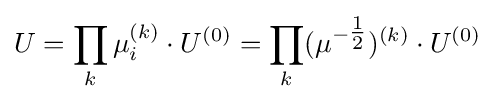
U=\prod _{k}\mu _{i}^{(k)}\cdot U^{(0)}=\prod _{k}(\mu ^{-{\tfrac {1}{2}}})^{(k)}\cdot U^{(0)}